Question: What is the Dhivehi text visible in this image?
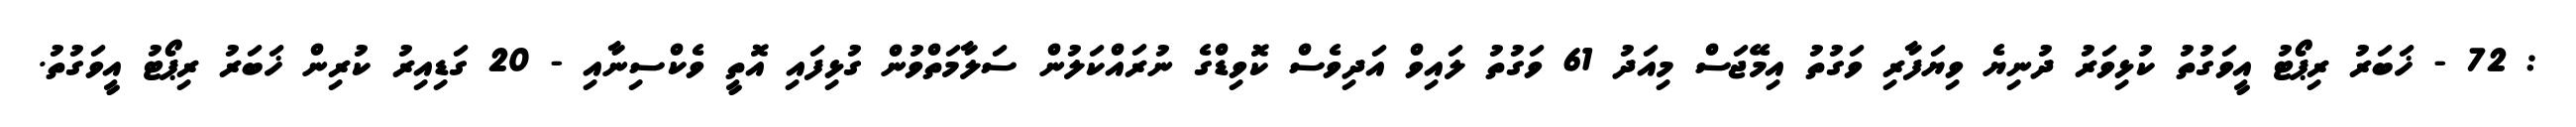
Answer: : 72 - ޚަބަރު ރިޕޯޓު އީވަގުތު ކުޅިވަރު ދުނިޔެ ވިޔަފާރި ވަގުތު އިމޭޖަސް މިއަދު 61 ވަގުތު ލައިވް އަދިވެސް ކޮވިޑްގެ ނުރައްކަލުން ސަލާމަތްވުން ގުޅިފައި އޮތީ ވެކްސިނާއި - 20 ގަޑިއިރު ކުރިން ޚަބަރު ރިޕޯޓު އީވަގުތު.